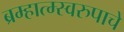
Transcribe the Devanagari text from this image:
ब्रम्हात्म्स्वरुपाचे